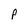
Character: p